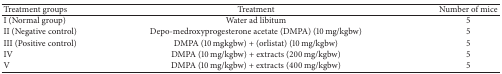
| Treatment groups | Treatment | Number of mice |
 | --- | --- | --- |
 | I (Normal group) | Water ad libitum | 5 |
 | II (Negative control) | Depo-medroxyprogesterone acetate (DMPA) (10 mg/kgbw) | 5 |
 | III (Positive control) | DMPA (10 mgkgbw) + (orlistat) (10 mg/kgbw) | 5 |
 | IV | DMPA (10 mg/kgbw) + extracts (200 mg/kgbw) | 5 |
 | V | DMPA (10 mg/kgbw) + extracts (400 mg/kgbw) | 5 |